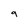
Character: 9